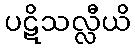
ပဋိသလ္လီယိ